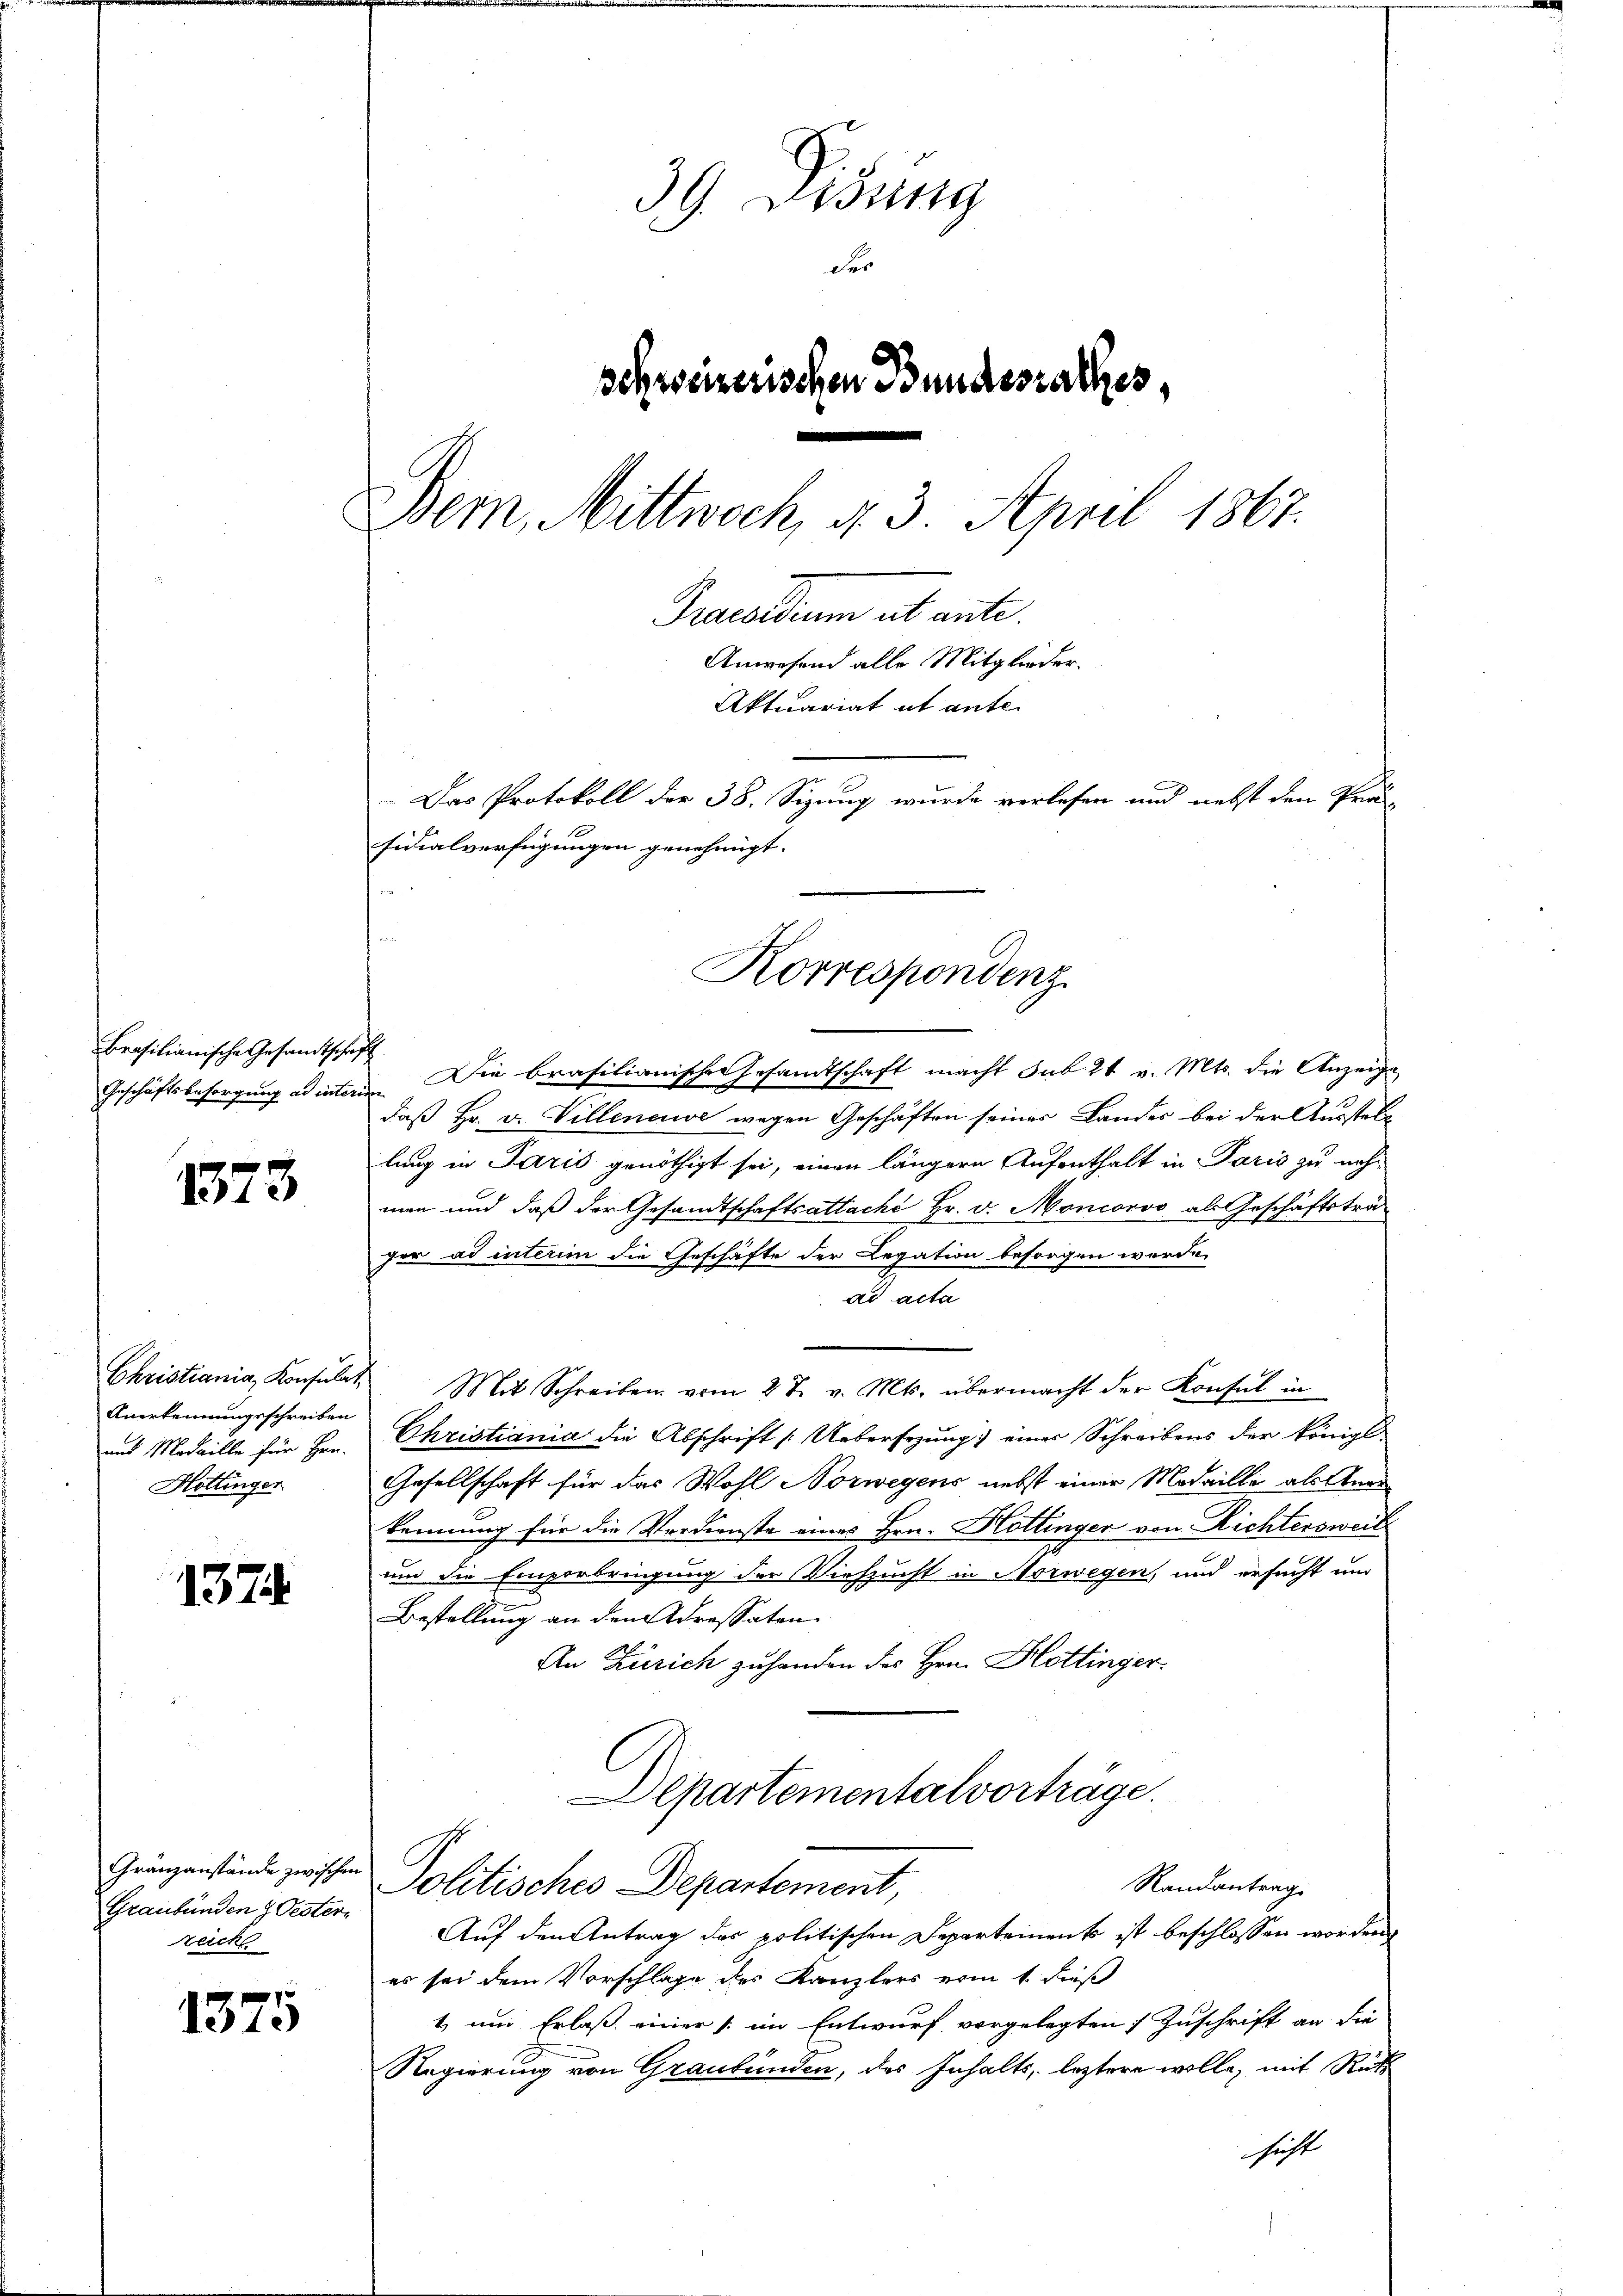
Brasilianische Gesandtsche,
Geschäftsbesorgung ad inter

1373

Christiania, Konsulat
Anerkennungsschreiben
und Medaille für Hrn.
Hottinger

1374.

Granzanstände zwischen
Graubünden & Oestern
zeiche

1375

39. Disung
der
schweizerischen Bundesrathes,
Bem, Mittwoch, d. 3. April 1867.
Praesidium ab ante
Anwesend alle Mitglieder.
Aktuariat it ante-
Das Protokoll der 38. Sizung wurde verlesen und nebst den Prä-
sidialverfügungen genehmigt.

Die brasilianischen Gesandtschaft macht sub 24 v. Mts. die Anzeige
daß Hr. v. Villeneuve wegen Geschäften seiner Landes bei der Ausstell
lung in Paris genöthigt sei, einen längere Aufenthalt in Paris zu nehmen und daß der Gesandtschaftsattaché Hr. v. Moncorso als Geschäftsträ-
ger ad interim die Geschäfte der Legation besorgen werde.
ad acta
Mit Schreiben vom 27. v. Mts. übermacht der Konsul in
Christiania die Abschrift (: Uebersezung einer Schreibens der königl.
Gesellschaft für das Wohl Norwegens nebst einer Medaille als Anerkennung für die Verdienste eines Hrn. Hottinger von Richtersweil
um die Emporbringung der Viehzucht in Norwegen, und ersucht um
Bestellung an den Adressaten
An Zürich zuhanden des Hrn. Hottinger.
Departementalvorträge.
Randantrag
Politisches Departement,
Auf den Antrag des politischen Departement ist beschlossen worden
es sei dem Vorschlage des Kanzlers vom 1. Fuß
1 um Erlaß einer /: im Entwurf vorgelegten Zuschrift an die
Regierung von Graubünden, der Inhalts, letztere wolle, mit Rück
hicht

Korrespondenz